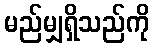
မည်မျှရှိသည်ကို